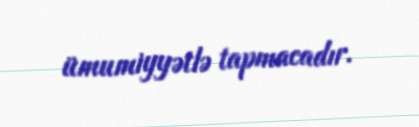
ümumiyyətlə tapmacadır.